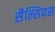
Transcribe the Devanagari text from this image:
सैल्सियस